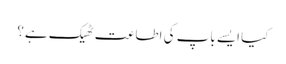
کیا ایسے باپ کی اطاعت ٹھیک ہے؟